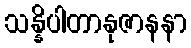
သန္နိပါတာနုဇာနနာ